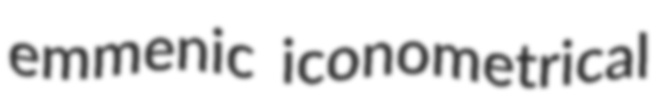
emmenic iconometrical